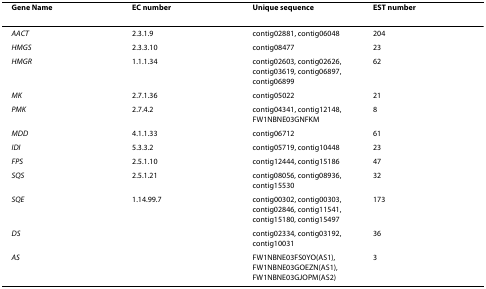
<table><thead><tr><td><b>Gene Name</b></td><td><b>EC number</b></td><td><b>Unique sequence</b></td><td><b>EST number</b></td></tr></thead><tbody><tr><td><i>AACT</i></td><td>2.3.1.9</td><td>contig02881, contig06048</td><td>204</td></tr><tr><td><i>HMGS</i></td><td>2.3.3.10</td><td>contig08477</td><td>23</td></tr><tr><td><i>HMGR</i></td><td>1.1.1.34</td><td>contig02603, contig02626,contig03619, contig06897,contig06899</td><td>62</td></tr><tr><td><i>MK</i></td><td>2.7.1.36</td><td>contig05022</td><td>21</td></tr><tr><td><i>PMK</i></td><td>2.7.4.2</td><td>contig04341, contig12148, FW1NBNE03GNFKM</td><td>8</td></tr><tr><td><i>MDD</i></td><td>4.1.1.33</td><td>contig06712</td><td>61</td></tr><tr><td><i>IDI</i></td><td>5.3.3.2</td><td>contig05719, contig10448</td><td>23</td></tr><tr><td><i>FPS</i></td><td>2.5.1.10</td><td>contig12444, contig15186</td><td>47</td></tr><tr><td><i>SQS</i></td><td>2.5.1.21</td><td>contig08056, contig08936, contig15530</td><td>32</td></tr><tr><td><i>SQE</i></td><td>1.14.99.7</td><td>contig00302, contig00303,contig02846, contig11541,contig15180, contig15497</td><td>173</td></tr><tr><td><i>DS</i></td><td></td><td>contig02334, contig03192, contig10031</td><td>36</td></tr><tr><td><i>AS</i></td><td></td><td>FW1NBNE03FS0YO(AS1), FW1NBNE03GOEZN(AS1), FW1NBNE03GJOPM(AS2)</td><td>3</td></tr></tbody></table>